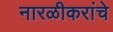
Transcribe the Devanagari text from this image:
नारळीकरांचे